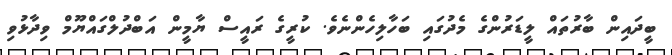
ބީދައިން ބާރުތައް ލީޑަރުންގެ މެދުގައި ބަހާލިހެންނެވެ. ކުރީގެ ރައީސް ޔާމީން އަބްދުލްގައްޔޫމް ވިދާޅުވި